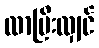
လာပြီးလျှင်